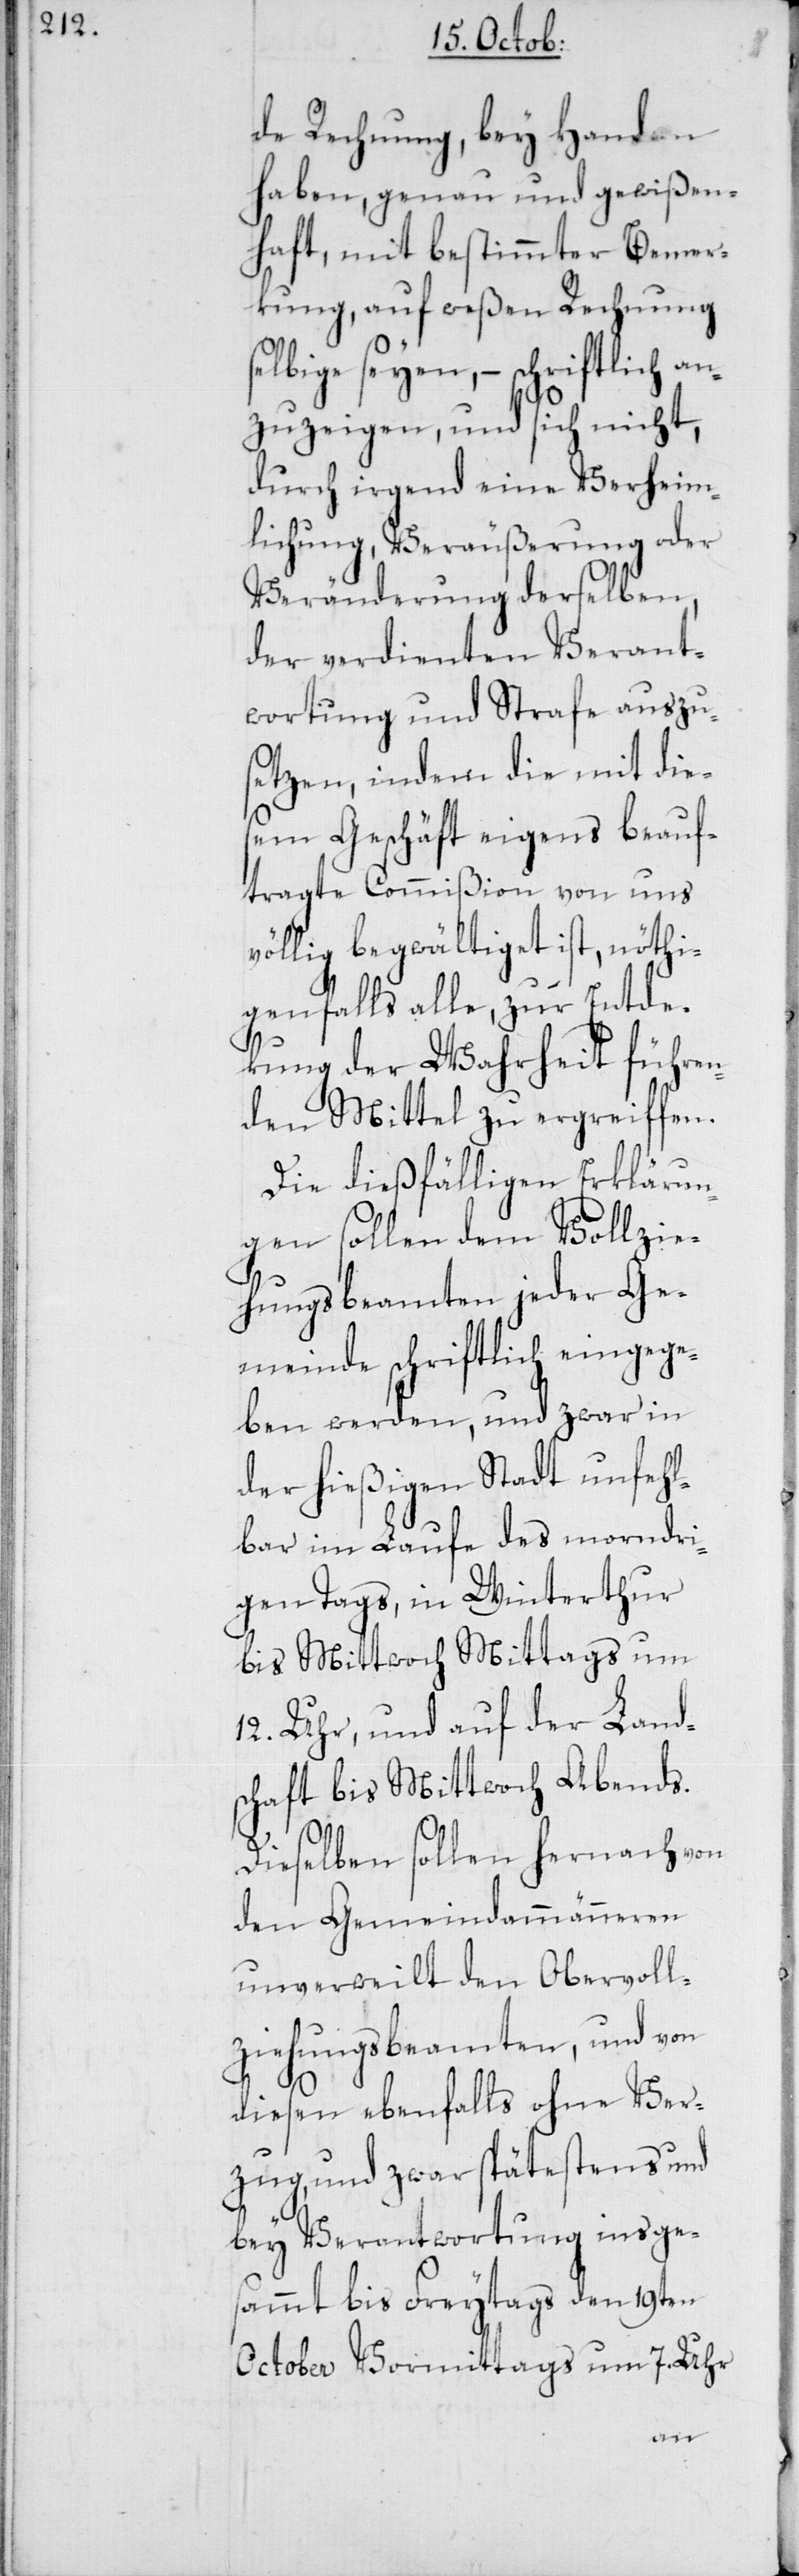
de Rechnung, bey Handen
haben, genau und gewißen¬
haft, mit bestimmter Bemer¬
kung, auf weßen Rechnung
lbige seyen, – schriftlich an¬
zuzeigen, und sich nicht,
durch irgend eine Verheim¬
lichung, Veräußerung oder
Veränderung derselben,
der verdienten Verant¬
wortung und Strafe auszus¬
etzen, indem die mit die¬
sem Geschäft eigens beauf¬
tragte Commißion von uns
völlig begwältiget ist, nöthi¬
genfalls alle, zur Entde¬
kung der Wahrheit führen¬
den Mittel zu ergreiffen.
Die dießfälligen Erklärun¬
gen sollen dem Vollzie¬
hungsbeamten jeder Ge¬
meinde schriftlich eingege¬
ben werden, und zwar in
der hießigen Stadt unfehl¬
bar im Laufe des morndri¬
gen Tags, in Winterthur
bis Mittwoch Mittags um
12. Uhr, und auf der Land¬
schaft bis Mittwoch Abends.
Dieselben sollen hernach von
den Gemeindammänneren
unverweilt den Obervoll¬
ziehungsbeamten, und von
diesen ebenfalls ohne Ver¬
zug, und zwar spätestens und
bey Verantwortung insge¬
sammt bis Freytags den 19ten
October Vormittags um 7. Uhr
se¬